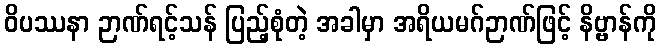
ဝိပဿနာ ဉာဏ်ရင့်သန် ပြည့်စုံတဲ့ အခါမှာ အရိယမဂ်ဉာဏ်ဖြင့် နိဗ္ဗာန်ကို